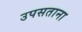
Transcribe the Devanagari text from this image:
उपसताना